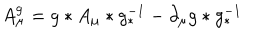
A _ { \mu } ^ { g } = g \ast A _ { \mu } \ast g _ { \ast } ^ { - 1 } - \partial _ { \mu } g \ast g _ { \ast } ^ { - 1 }